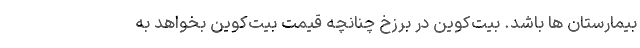
بیمارستان ها باشد. بیت‌کوین در برزخ چنانچه قیمت بیت‌کوین بخواهد به